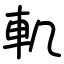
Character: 䡄